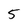
Character: 5